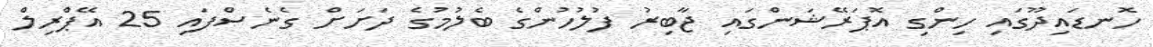
ހޮނޑައިދޫގައި ހިންގި އޮޕަރޭޝަންގައި ޖާބިރު ފުލުހުންގެ ބެލުމުގެ ދަށަށް ގެނެސްފައި 25 އޭޕްރިލް